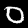
Digit: 0